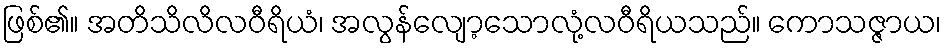
ဖြစ်၏။ အတိသိလိလဝီရိယံ၊ အလွန်လျော့သောလုံ့လဝီရိယသည်။ ကောသဇ္ဇာယ၊